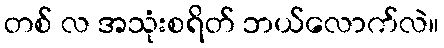
တစ် လ အသုံးစရိတ် ဘယ်လောက်လဲ။